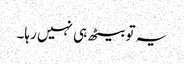
یہ تو بیٹھ ہی نہیں رہا۔